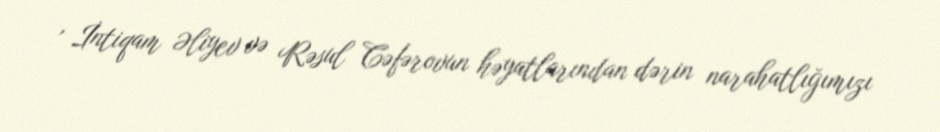
, İntiqam Əliyev və Rəsul Cəfərovun həyatlarından dərin narahatlığımızı